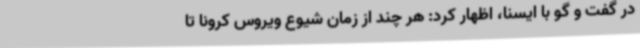
در گفت و گو با ایسنا، اظهار کرد: هر چند از زمان شیوع ویروس کرونا تا